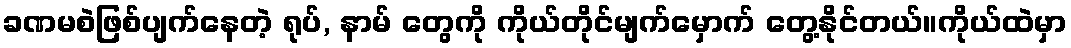
ခဏမစဲဖြစ်ပျက်နေတဲ့ ရုပ်, နာမ် တွေကို ကိုယ်တိုင်မျက်မှောက် တွေ့နိုင်တယ်။ကိုယ်ထဲမှာ